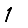
Digit: 1